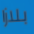
بلازا